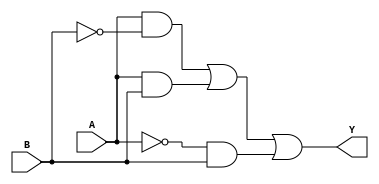
module combinational_logic (
    input wire A,      // Input A
    input wire B,      // Input B
    output wire Y      // Output Y
);

// Define the combinational logic using a continuous assignment
assign Y = (A & ~B) | (A & B) | ( ~A & B) | (1'b0); // Simplified expression considering don't care conditions

endmodule